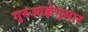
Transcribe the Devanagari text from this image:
गुरुआज्ञेनुसार